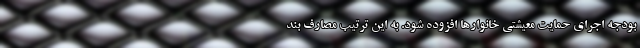
بودجه اجرای حمایت معیشتی خانوارها افزوده شود. به این ترتیب مصارف بند